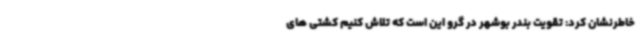
خاطرنشان کرد: تقویت بندر بوشهر در گرو این است که تلاش کنیم کشتی های